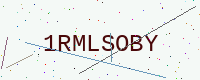
Text: 1RMLSOBY